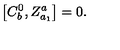
\left[ C _ { b } ^ { 0 } , Z _ { a _ { 1 } } ^ { a } \right] = 0 .